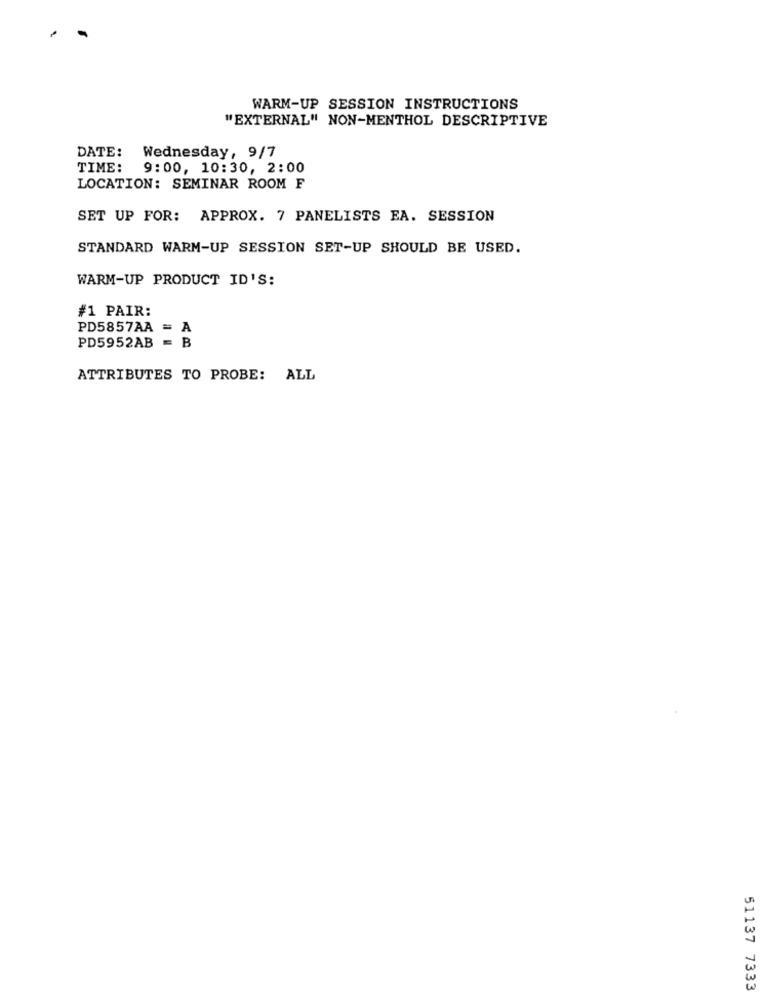
WARM-UP SESSION INSTRUCTIONS
"EXTERNAL" NON-MENTHOL DESCRIPTIVE
DATE:
Wednesday, 9/7
TIME:
9:00, 10:30, 2:00
LOCATION: SEMINAR ROOM F
SET UP FOR: APPROX. 7 PANELISTS EA. SESSION
STANDARD WARM-UP SESSION SET-UP SHOULD BE USED.
WARM-UP PRODUCT ID'S:
#1 PAIR:
PD5857AA = A
PD5952AB = B
ATTRIBUTES TO PROBE: ALL
51137 7333